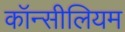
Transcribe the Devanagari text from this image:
कॉन्सीलियम